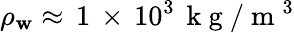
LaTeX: \rho_{\mathbf{w}}\approx\, 1\, \times\, 10^{3}\, \mathrm{{~k~g~}}/\mathrm{{~m~}}^{3}